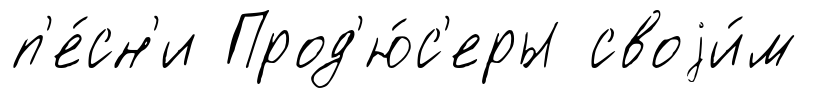
п'е́сн'и Прод'ю́с'еры своjи́м